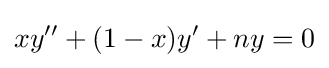
xy''+(1-x)y'+ny=0